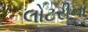
લોટરીના